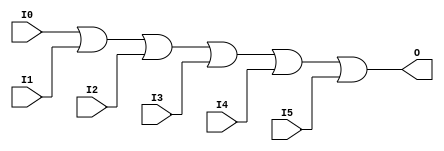

/*

FUNCTION	: 6-INPUT OR GATE

*/

`timescale  100 ps / 10 ps

`celldefine

module OR6 (O, I0, I1, I2, I3, I4, I5);


    output O;

    input  I0, I1, I2, I3, I4, I5;

    or O1 (O, I0, I1, I2, I3, I4, I5);

    specify
	(I0 *> O) = (0, 0);
	(I1 *> O) = (0, 0);
	(I2 *> O) = (0, 0);
	(I3 *> O) = (0, 0);
	(I4 *> O) = (0, 0);
	(I5 *> O) = (0, 0);
    endspecify

endmodule

`endcelldefine